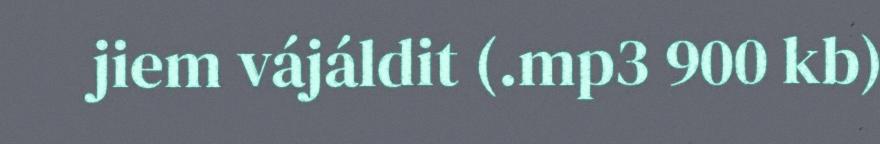
jiem vájáldit (.mp3 900 kb)